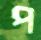
প